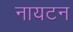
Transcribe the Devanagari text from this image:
नायटन